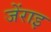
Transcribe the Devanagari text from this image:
जेंराइ